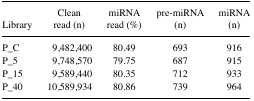
<table><thead><tr><td><b>Library</b></td><td><b>Clean read (n)</b></td><td><b>miRNA read (%)</b></td><td><b>pre-miRNA(n)</b></td><td><b>miRNA(n)</b></td></tr></thead><tbody><tr><td>P_C</td><td>9,482,400</td><td>80.49</td><td>693</td><td>916</td></tr><tr><td>P_5</td><td>9,748,570</td><td>79.75</td><td>687</td><td>915</td></tr><tr><td>P_15</td><td>9,589,440</td><td>80.35</td><td>712</td><td>933</td></tr><tr><td>P_40</td><td>10,589,934</td><td>80.86</td><td>739</td><td>964</td></tr></tbody></table>